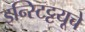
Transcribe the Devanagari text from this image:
इन्स्टिट्टयूचे